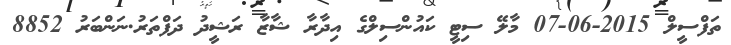
ތަފްސީލް 2015-06-07 މާލޭ ސިޓީ ކައުންސިލްގެ އިދާރާ ޝާޒާ ރަޝީދު ދަފްތަރު.ނަންބަރު 8852